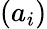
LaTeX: (a_{i})